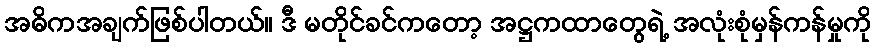
အဓိကအချက်ဖြစ်ပါတယ်။ ဒီ မတိုင်ခင်ကတော့ အဋ္ဌကထာတွေရဲ့ အလုံးစုံမှန်ကန်မှုကို